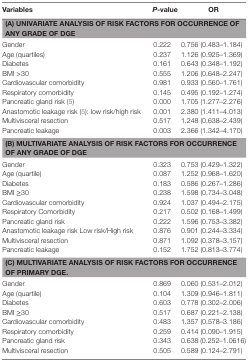
<table><thead><tr><td><b>Variables</b></td><td><b><i>P</i>-value</b></td><td><b>OR</b></td></tr></thead><tbody><tr><td colspan="3"><b>(A) UNIVARIATE ANALYSIS OF RISK FACTORS FOR OCCURRENCE OF ANY GRADE OF DGE</b></td></tr><tr><td>Gender</td><td>0.222</td><td>0.756 (0.483–1.184)</td></tr><tr><td>Age (quartiles)</td><td>0.237</td><td>1.126 (0.925–1.369)</td></tr><tr><td>Diabetes</td><td>0.161</td><td>0.643 (0.348–1.192)</td></tr><tr><td>BMI &gt;30</td><td>0.555</td><td>1.206 (0.648–2.247)</td></tr><tr><td>Cardiovascular comorbidity</td><td>0.981</td><td>0.933 (0.560–1.761)</td></tr><tr><td>Respiratory comorbidity</td><td>0.145</td><td>0.495 (0.192–1.274)</td></tr><tr><td>Pancreatic gland risk (5)</td><td>0.000</td><td>1.705 (1.277–2.276)</td></tr><tr><td>Anastomotic leakage risk (5): low risk/high risk</td><td>0.001</td><td>2.380 (1.411–4.013)</td></tr><tr><td>Multivisceral resection</td><td>0.517</td><td>1.248 (0.638–2.439)</td></tr><tr><td>Pancreatic leakage</td><td>0.003</td><td>2.366 (1.342–4.170)</td></tr><tr><td colspan="3"><b>(B) MULTIVARIATE ANALYSIS OF RISK FACTORS FOR OCCURRENCE OF ANY GRADE OF DGE</b></td></tr><tr><td>Gender</td><td>0.323</td><td>0.753 (0.429–1.322)</td></tr><tr><td>Age (quartile)</td><td>0.087</td><td>1.252 (0.968–1.620)</td></tr><tr><td>Diabetes</td><td>0.183</td><td>0.586 (0.267–1.286)</td></tr><tr><td>BMI ≥30</td><td>0.238</td><td>1.598 (0.734–3.048)</td></tr><tr><td>Cardiovascular comorbidity</td><td>0.924</td><td>1.037 (0.494–2.175)</td></tr><tr><td>Respiratory Comorbidity</td><td>0.217</td><td>0.502 (0.168–1.499)</td></tr><tr><td>Pancreatic gland risk</td><td>0.222</td><td>1.596 (0.753–3.382)</td></tr><tr><td>Anastomotic leakage risk Low risk/High risk</td><td>0.876</td><td>0.901 (0.244–3.334)</td></tr><tr><td>Multivisceral resection</td><td>0.871</td><td>1.092 (0.378–3.157)</td></tr><tr><td>Pancreatic leakage</td><td>0.152</td><td>1.752 (0.813–3.774)</td></tr><tr><td colspan="3"><b>(C) MULTIVARIATE ANALYSIS OF RISK FACTORS FOR OCCURRENCE OF PRIMARY DGE</b>.</td></tr><tr><td>Gender</td><td>0.869</td><td>0.060 (0.531–2.012)</td></tr><tr><td>Age (quartile)</td><td>0.104</td><td>1.309 (0.946–1.811)</td></tr><tr><td>Diabetes</td><td>0.603</td><td>0.778 (0.302–2.006)</td></tr><tr><td>BMI ≥30</td><td>0.517</td><td>0.687 (0.221–2.138)</td></tr><tr><td>Cardiovascular comorbidity</td><td>0.483</td><td>1.357 (0.578–3.186)</td></tr><tr><td>Respiratory comorbidity</td><td>0.259</td><td>0.414 (0.090–1.915)</td></tr><tr><td>Pancreatic gland risk</td><td>0.343</td><td>0.638 (0.252–1.0616)</td></tr><tr><td>Multivisceral resection</td><td>0.505</td><td>0.589 (0.124–2.791)</td></tr></tbody></table>